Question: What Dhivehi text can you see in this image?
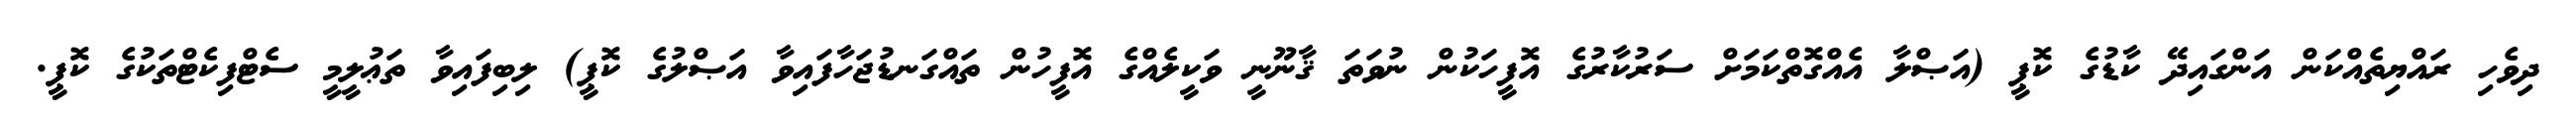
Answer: ދިވެހި ރައްޔިތެއްކަން އަންގައިދޭ ކާޑުގެ ކޮޕީ (އަޞްލާ އެއްގޮތްކަމަށް ސަރުކާރުގެ އޮފީހަކުން ނުވަތަ ޤާނޫނީ ވަކީލެއްގެ އޮފީހުން ތައްގަނޑުޖަހާފައިވާ އަޞްލުގެ ކޮޕީ) ލިބިފައިވާ ތަޢުލީމީ ސެޓްފިކެޓްތަކުގެ ކޮޕީ.